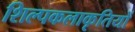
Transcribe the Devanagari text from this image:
शिल्पकलाकृतियों